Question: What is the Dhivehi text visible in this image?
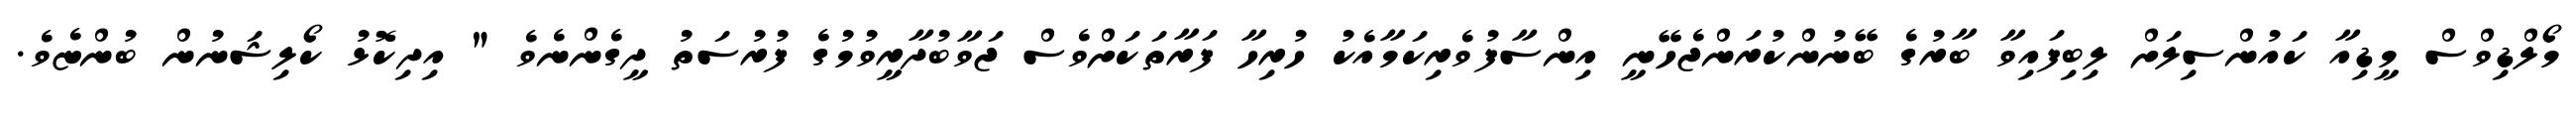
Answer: މޯލްޑިވްސް މީޑިއާ ކައުންސިލަށް ލިބިފައިވާ ބާރުގެ ބޭނުންކުރަންޖެހޭނީ އިންސާފުވެރިކަމާއެކު ހުރިހާ ފަރާތަކަށްވެސް ޖަވާބުދާރީވުމުގެ ފުރުސަތު ދީގެންނެވެ " އިދިކޮޅު ކޯލިޝަނުން ބުންޏެވެ.